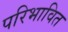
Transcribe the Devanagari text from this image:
परिभावित